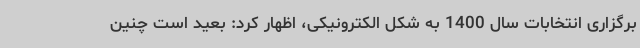
برگزاری انتخابات سال 1400 به شکل الکترونیکی، اظهار کرد: بعید است چنین